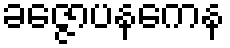
ခဇ္ဇောပနကေန